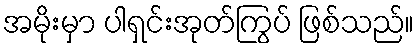
အမိုးမှာ ပါရှင်းအုတ်ကြွပ် ဖြစ်သည်။